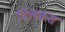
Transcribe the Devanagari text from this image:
दिलकस